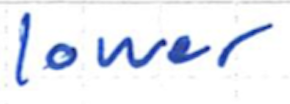
Text: lower
Cross-out: clean
Writing tool: ballpoint